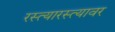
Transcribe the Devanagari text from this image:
रस्त्यारस्त्यावर